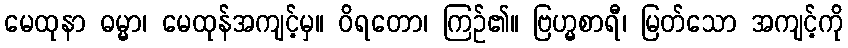
မေထုနာ ဓမ္မာ၊ မေထုန်အကျင့်မှ။ ဝိရတော၊ ကြဉ်၏။ ဗြဟ္မစာရီ၊ မြတ်သော အကျင့်ကို